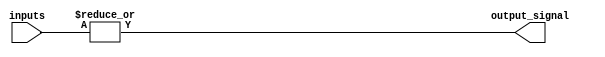
module OR_gate (
    input [31:0] inputs,
    output output_signal
);

assign output_signal = |inputs;

endmodule